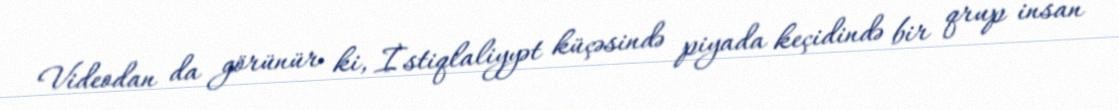
Videodan da görünür ki, İstiqlaliyyət küçəsində piyada keçidində bir qrup insan